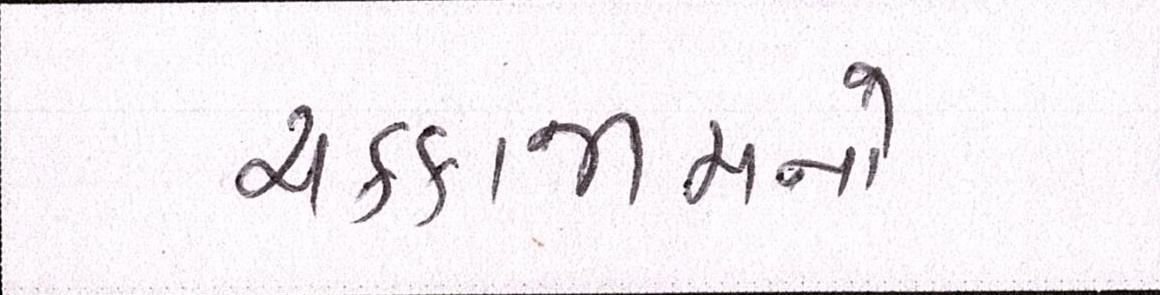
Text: ચક્કાજામનો